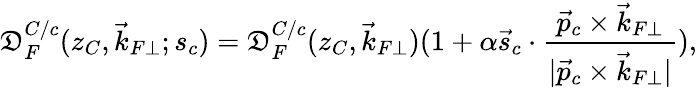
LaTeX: \mathfrak{D}_{F}^{C/c}(z_{C},\vec{{k}}_{F\perp};s_{c})=\mathfrak{D}_{F}^{C/c}(z_{C},\vec{{k}}_{F\perp})(1+\alpha\vec{{s}}_{c}\cdot{\frac{{\vec{{p}}_{c}\times\vec{{k}}_{F\perp}}}{{|\vec{{p}}_{c}\times\vec{{k}}_{F\perp}|}}}),